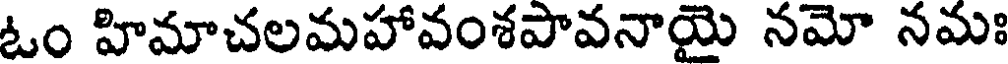
ఓం హిమాచలమహావంశపావనాయై నమో నమః